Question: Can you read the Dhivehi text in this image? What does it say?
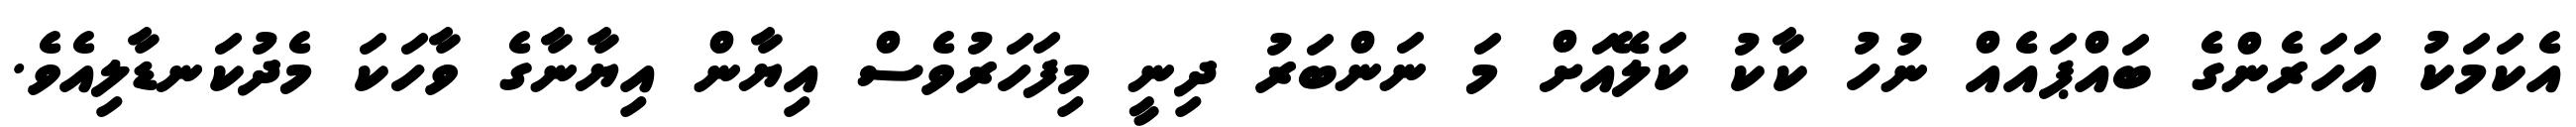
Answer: އެކަމަކު އަހަރެންގެ ބައްޕައެއް ނުހު ކާކު ކަލޭއަށް މަ ނަންބަރު ދިނީ މިފަހަރުވެސް އިޔާން އިޔާނާގެ ވާހަކަ މެދުކަނޑާލިއެވެ.